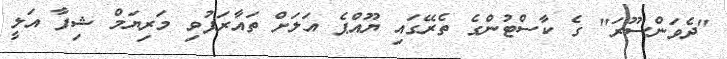
"ދެވަންސޫރަ" ގެ ކާސްޓުންގެ ތެރޭގައި ޔޫއްޕެ އަލަށް ތައާރަފުވި މަރިޔަމް ޝިފާ އަލީ